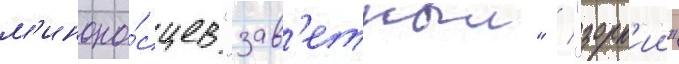
м'иноно́сцев "зав'етныи" / "зорк'ии"